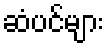
ဆံပင်များ